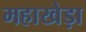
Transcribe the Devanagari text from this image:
महाखेड़ा